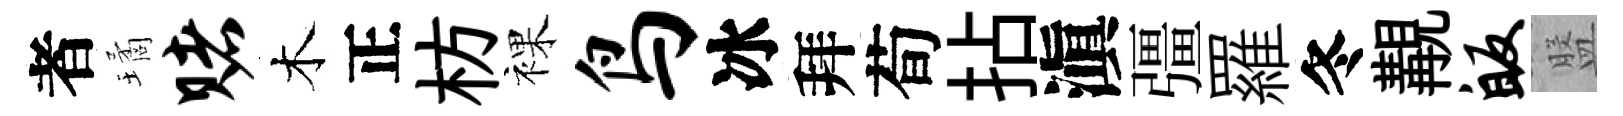
者璚赌木正枋裸鸟冰拜荀拈滇彊羅冬覯皈盤